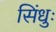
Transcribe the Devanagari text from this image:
सिंधुः